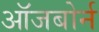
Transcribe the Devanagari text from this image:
ऑजबोर्न